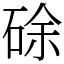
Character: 硢